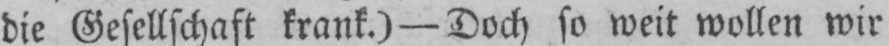
die Gesellschaft krank.) - Doch so weit wollen wir